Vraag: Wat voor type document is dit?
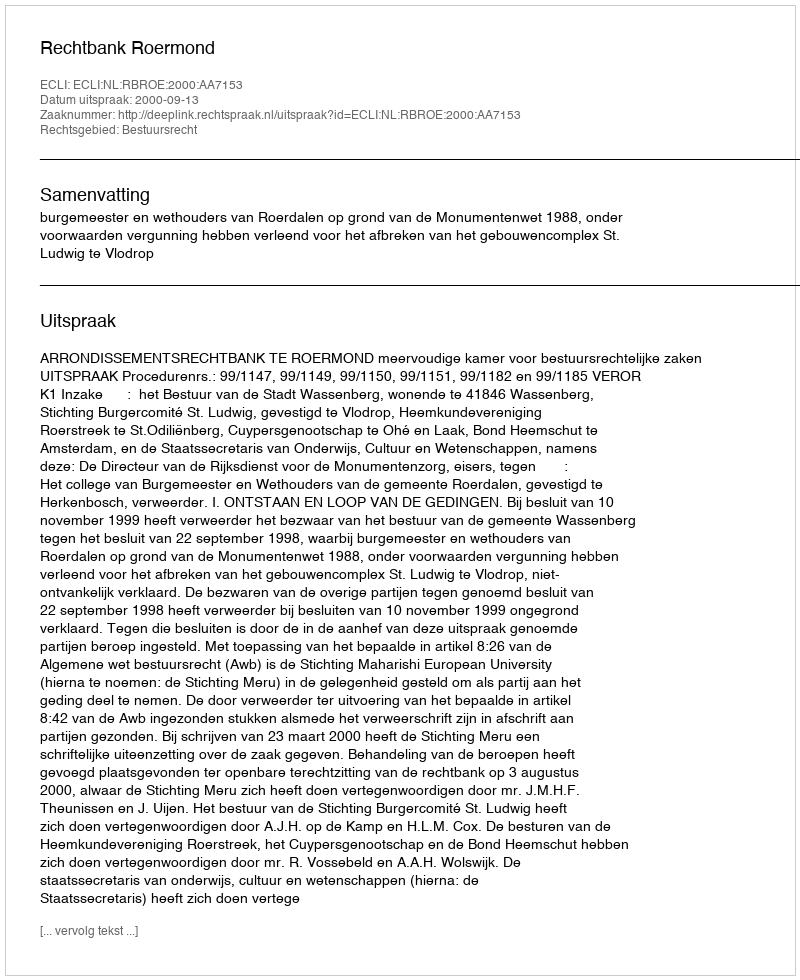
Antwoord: Uitspraak